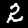
Digit: 2